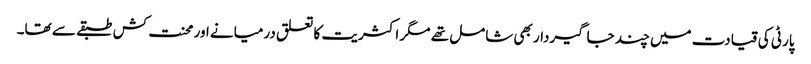
پارٹی کی قیادت میں چند جاگیردار بھی شامل تھے مگر اکثریت کا تعلق درمیانے اور محنت کش طبقے سے تھا۔